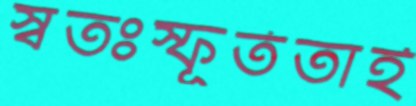
স্বতঃস্ফূর্ততাই